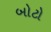
બોટો